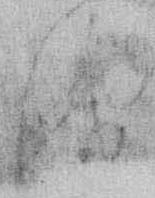
津